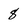
Character: 8